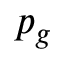
p _ { g }